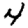
Digit: 4